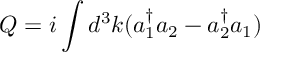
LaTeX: Q = i \int d ^ { 3 } k ( a _ { 1 } ^ { \dag } a _ { 2 } - a _ { 2 } ^ { \dag } a _ { 1 } )